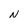
Character: N